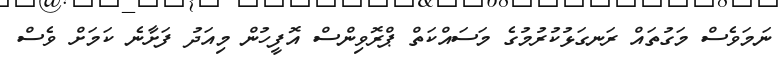
ނަމަވެސް މަގުތައް ރަނގަޅުކުރުމުގެ މަސައްކަތް ޕްރޮވިންސް އޮފީހުން މިއަދު ފަށާނެ ކަމަށް ވެސް